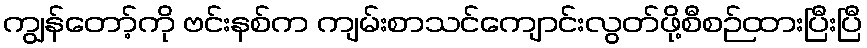
ကျွန်တော့်ကို ဗင်းနစ်က ကျမ်းစာသင်ကျောင်းလွတ်ဖို့စီစဉ်ထားပြီးပြီ